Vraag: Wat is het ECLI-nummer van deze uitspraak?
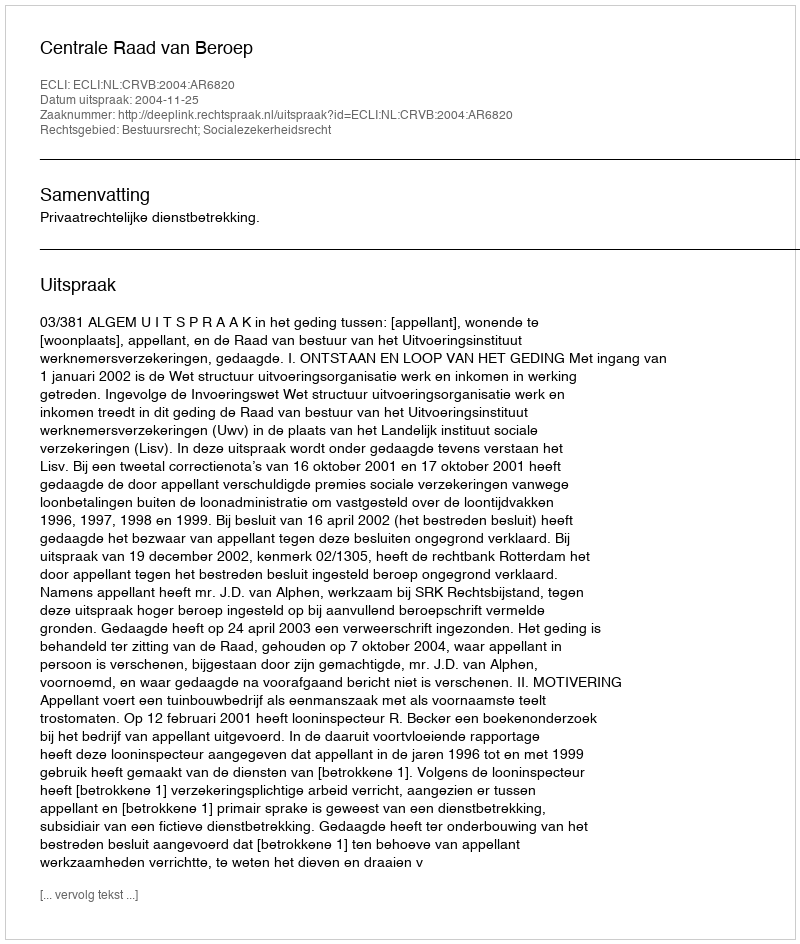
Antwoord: ECLI:NL:CRVB:2004:AR6820